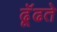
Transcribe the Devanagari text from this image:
ढूॅढते